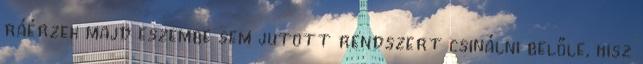
ráérzek majd eszembe sem jutott rendszert csinálni belőle, hisz